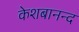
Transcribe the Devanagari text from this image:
केशबानन्द